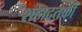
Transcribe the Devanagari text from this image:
शहादतकी